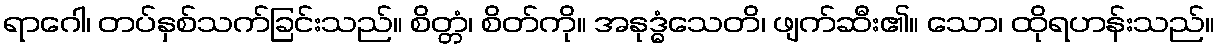
ရာဂေါ၊ တပ်နှစ်သက်ခြင်းသည်။ စိတ္တံ၊ စိတ်ကို။ အနုဒ္ဓံသေတိ၊ ဖျက်ဆီး၏။ သော၊ ထိုရဟန်းသည်။